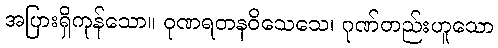
အပြားရှိကုန်သော။ ဝုဏရတနဝိသေသေ၊ ဂုဏ်တည်းဟူသော